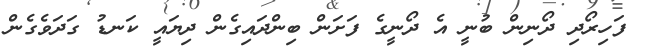
ފަހިރޯދި ދޯނިން ބުނީ އެ ދޯނީގެ ފަށަން ބިންދައިގެން ދިޔައީ ކަނޑު ގަދަވެގެން